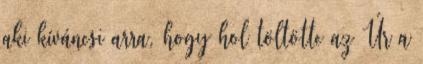
aki kíváncsi arra, hogy hol töltötte az Úr a